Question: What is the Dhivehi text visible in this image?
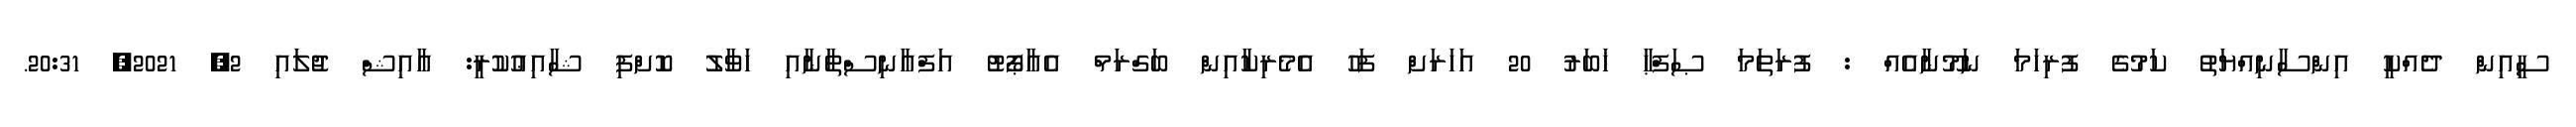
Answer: ސީއިން ދެއްކީ އިންސާނިއްޔަތު ކަމުގެ ފުރިހަމަ ނަމޫނާއެއް : ފުރަތަމަ ޞަފްޙާ ޚަބަރު 20 އަހަރަށް ފަހު އެމެރިކާއިން ބަގްރަމް އެއާޕޯޓު އަފްޣާނިސްތާނާއި ހަވާލު ކޮށްފި ޝާއިޢުކުރީ: ޢާއިޝް ޖުލައި 2, 2021, 20:31.